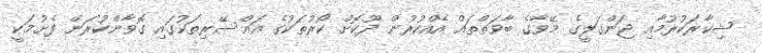
ޝިކާރަކުރުމާއި ޖަންގަލީގެ މޭވާގެ ބާވަތްތައް އެއްކުރުން ދޫކޮށް ކޯރުތަކުގެ އައްސޭރިތަކުގައި ގޮވާންކުރަން ފެށުމަކީ